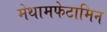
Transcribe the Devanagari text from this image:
मेथामफेटामिन